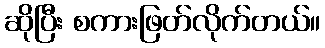
ဆိုပြီး စကားဖြတ်လိုက်တယ်။